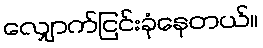
လျှောက်ငြင်းခုံနေတယ်။